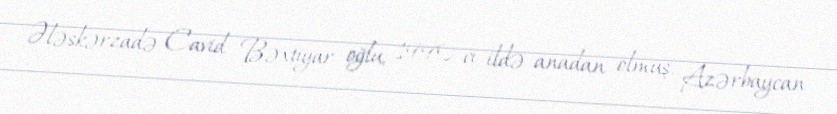
Ələskərzadə Cavid Bəxtiyar oğlu, 1990-cı ildə anadan olmuş, Azərbaycan